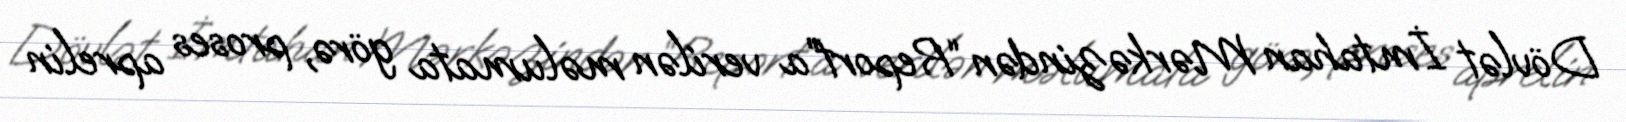
Dövlət İmtahan Mərkəzindən “Report”a verilən məlumata görə, proses aprelin